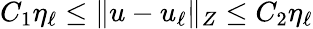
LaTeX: C_{1}\eta_{\ell}\leq\| u-u_{\ell}\| _{Z}\leq C_{2}\eta_{\ell}